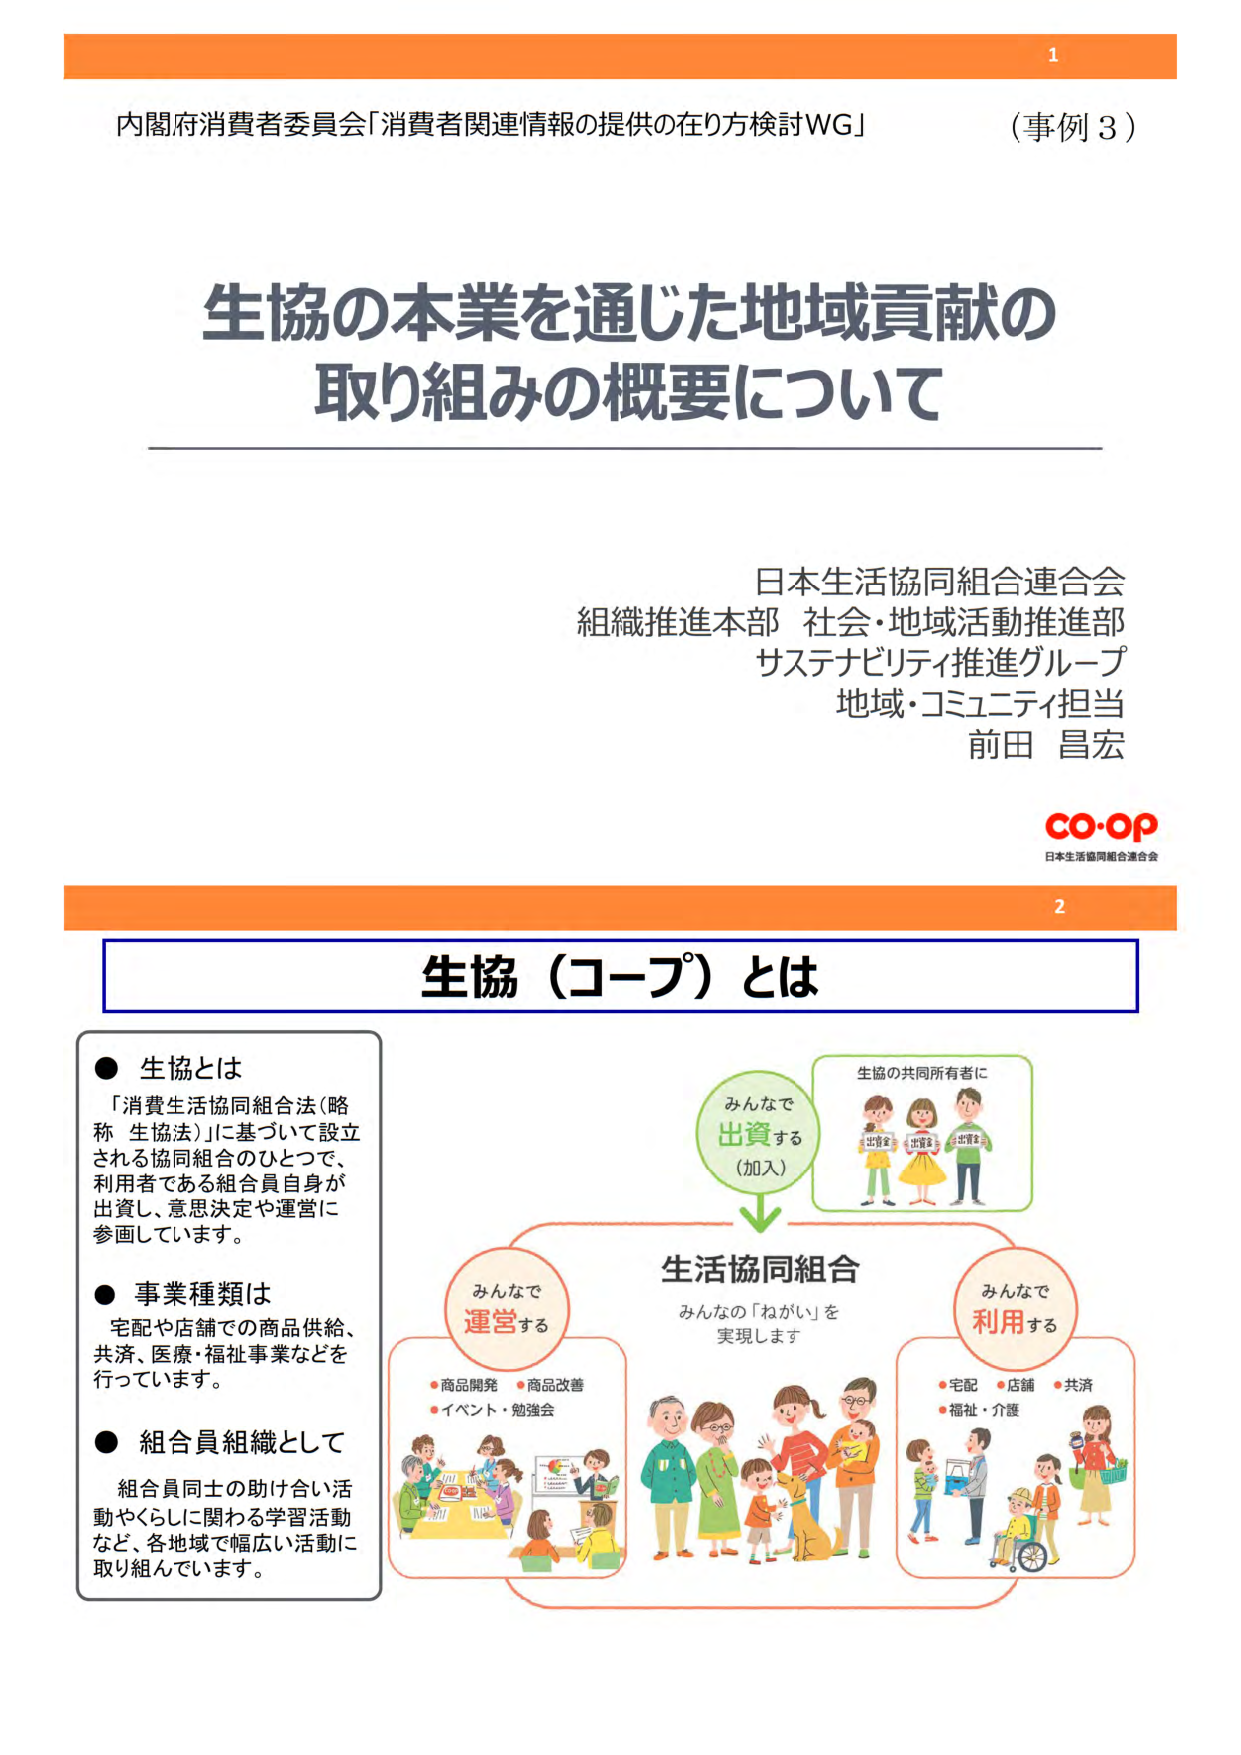
内閣府消費者委員会「消費者関連情報の提供の在り方検討WG」 （事例3）

生協の本業を通じた地域貢献の
取り組みの概要について

日本生活協同組合連合会
組織推進本部 社会・地域活動推進部
サステナビリティ推進グループ
地域・コミュニティ担当
前田 昌宏

co-op
日本生活協同組合連合会

2

生協（コープ）とは

● 生協とは
「消費生活協同組合法（略称 生協法）」に基づいて設立される協同組合のひとつで、利用者である組合員自身が出資し、意思決定や運営に参画しています。

● 事業種類は
宅配や店舗での商品供給、共済、医療・福祉事業などを
行っています。

● 組合員組織として
組合員同士の助け合い活動やくらしに関わる学習活動など、各地域で幅広い活動に取り組んでいます。

みんなで
出資する
（加入）

生協の共同所有者に

生活協同組合
みんなの「ねがい」を
実現します

みんなで
運営する
・商品開発 ・商品改善
・イベント・勉強会

みんなで
利用する
・宅配 ・店舗 ・共済
・福祉・介護